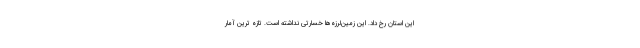
این استان رخ داد. این زمین‌لرزه‌ها خسارتی نداشته ‌است. تازه ترین آمار